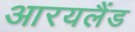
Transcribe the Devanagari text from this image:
आरयलैंड